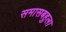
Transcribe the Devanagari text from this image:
समासबहुला